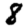
Digit: 8